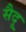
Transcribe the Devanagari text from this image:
सैदू